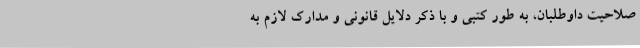
صلاحیت داوطلبان، به طور کتبی و با ذکر دلایل قانونی و مدارک لازم به